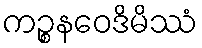
ကဉ္စနဝေဒိမိဿံ